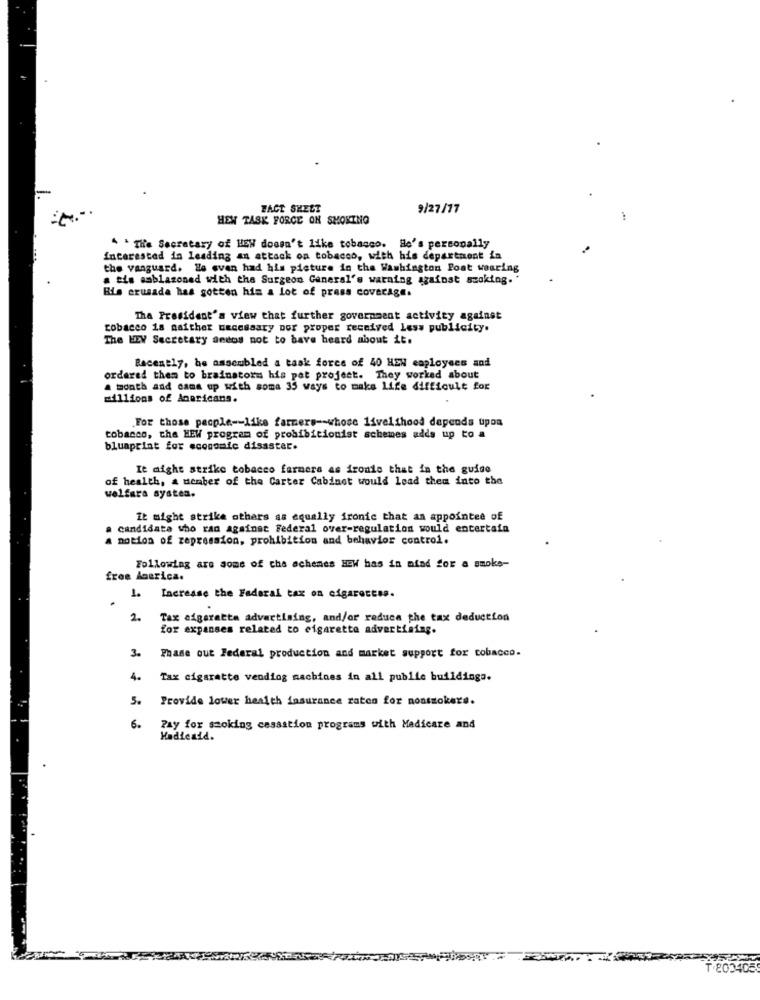
FACT SHEET
9/27/17
HEN TASK FORCE ON SMOKING
4 . The Secretary of HEW doesn't like tobacco. He's personally
Interested in leading an attack on tobacco, with his department ia
the vanguard. He even had his picture in the Washington Post wearing
a tis emblazoned with the Surgeon General's warning against szoking.
Bis crusade has gotten him a lot of press coverage.
Tha President's view that further government activity against
tobacco is maither necessary por proper received Less publicity.
The HEY Secretary andos not to have heard about it.
Recently, he assembled a task force of 40 HEW employees and
ordered them to brainstorm his pat project. They worked about
a month and came up with soma 35 ways to make Life difficult for
millions of Americans.
.For those people -- like farmers -- whose livelihood depends upon
tobacco, the HEW program of prohibitionist schemes adds up to a
blumprint for economic disaster.
It might strike tobacco farmers as ironie that in the guide
of health, a member of the Carter Cabinet would lead them into the
welfare systen.
It might strike others as equally ironic that an appointee of
candidate who ran against Federal over-regulation would entertain
a notion of repression, prohibition and behavior control.
Following are some of che schemes HEW has in mind for a smoke-
free America.
Increase the Federal tax on cigarettes.
2.
Tax cigaretta advertising, and/or reduce the tax deduction
for expanses related to cigarette advertising.
3.
Phase out Federal production and market support for tobacco.
4.
Tax cigarette vending machines in all publie buildinga.
5.
Provide lower health insurance rates for noutrokere.
6.
Pay for smoking cessation programs with Medicare and
Hadieaid.
T.803405